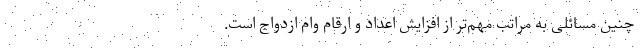
چنین مسائلی به مراتب مهم‌تر از افزایش اعداد و ارقام وام ازدواج است.